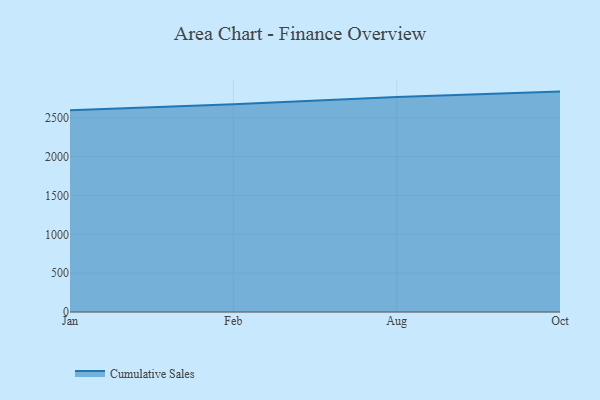
{"axis": {"x": "Month", "y": "Conversion Rate (%)"}, "legend": ["Cumulative Sales"], "data": [{"x": "Jan", "y": 2596.7, "type": "Cumulative Sales"}, {"x": "Feb", "y": 2673.1, "type": "Cumulative Sales"}, {"x": "Aug", "y": 2767.3, "type": "Cumulative Sales"}, {"x": "Oct", "y": 2837.2, "type": "Cumulative Sales"}]}